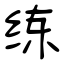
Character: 练